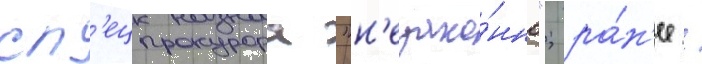
сп'ецпрокурора "н'езако́нно"; ра́н'ее /